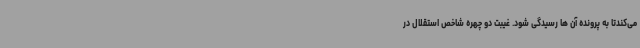
می‌کندتا به پرونده آن ها رسیدگی شود. غیبت دو چهره شاخص استقلال در